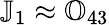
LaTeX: {\mathbb J}_{1}\approx{\mathbb O}_{43}